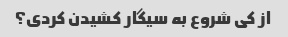
از کی شروع به سیگار کشیدن کردی؟